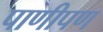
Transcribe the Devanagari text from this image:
पाणीपण